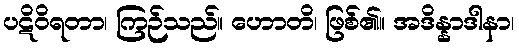
ပဋိဝိရတာ၊ ကြဉ်သည်။ ဟောတိ၊ ဖြစ်၏။ အဒိန္နာဒါနာ၊